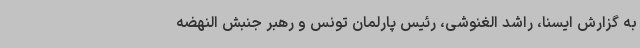
به گزارش ایسنا، راشد الغنوشی، رئیس پارلمان تونس و رهبر جنبش النهضه